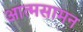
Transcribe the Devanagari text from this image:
आत्मसामन